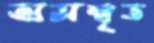
অসম্বৃত